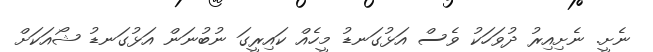
ނެށީ. ނެށިއިރު ދުވަހަކު ވެސް އަޅުގަނޑު މީހެއް ކައިރީގަ ނުބުނަން އަޅުގަނޑު ޝޯއަކަށް